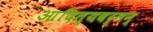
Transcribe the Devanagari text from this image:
आदित्यवर्मन्‌